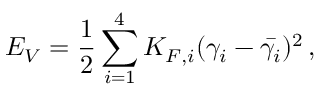
E _ { V } = \frac { 1 } { 2 } \sum _ { i = 1 } ^ { 4 } K _ { F , i } ( \gamma _ { i } - \bar { \gamma _ { i } } ) ^ { 2 } \, ,